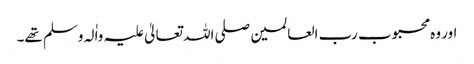
اور وہ محبوب رب العالمین صلی اللہ تعالیٰ علیہ واٰلہ وسلم تھے۔